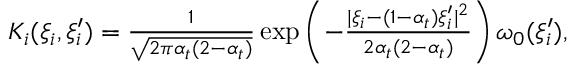
\begin{array} { r } { K _ { i } ( \xi _ { i } , \xi _ { i } ^ { \prime } ) = \frac { 1 } { \sqrt { 2 \pi \alpha _ { t } ( 2 - \alpha _ { t } ) } } \exp \left( - \frac { | \xi _ { i } - ( 1 - \alpha _ { t } ) \xi _ { i } ^ { \prime } | ^ { 2 } } { 2 \alpha _ { t } ( 2 - \alpha _ { t } ) } \right) \omega _ { 0 } ( \xi _ { i } ^ { \prime } ) , } \end{array}